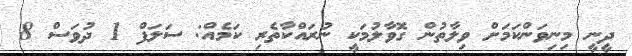
ދީނީ މިނިވަންކަމަށް ވިލާތުން ގޮވާލުމަކީ ނުރައްކާތެރި ކަމެއް: ސަލަފް 1 ދުވަސް 8